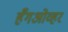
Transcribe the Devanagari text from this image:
हँगओव्हर